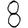
Digit: 8